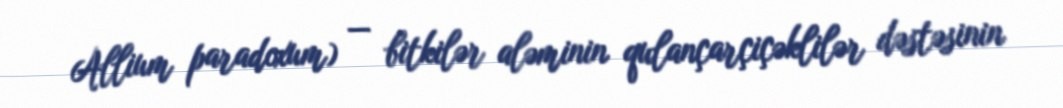
Allium paradoxum) — bitkilər aləminin qulançarçiçəklilər dəstəsinin